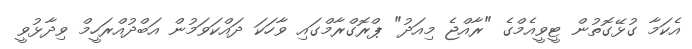
އެކަމާ ގުޅޭގޮތުން ޓީވީއެމްގެ "ރާއްޖެ މިއަދު" ޕްރޮގްރާމްގައި ވާހަކަ ދައްކަވަމުން އަބްދުއްރަހީމް ވިދާޅުވީ